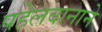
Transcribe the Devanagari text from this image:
पहेलवानाने